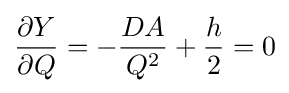
{\frac {\partial Y}{\partial Q}}=-{\frac {DA}{Q^{2}}}+{\frac {h}{2}}=0